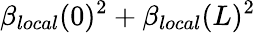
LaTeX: \beta_{local}(0)^{2}+\beta_{local}(L)^{2}